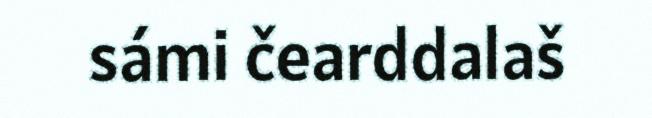
sámi čearddalaš